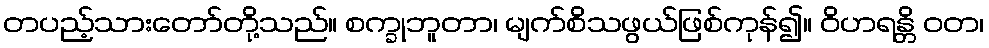
တပည့်သားတော်တို့သည်။ စက္ခုဘူတာ၊ မျက်စိသဖွယ်ဖြစ်ကုန်၍။ ဝိဟရန္တိ ဝတ၊